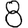
Digit: 8